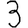
Digit: 3